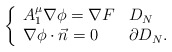
\begin{align*}\left\{\begin{array}{ll} A_1^{\mu}\nabla\phi=\nabla F &D_N\\ \nabla \phi\cdot \vec{n}=0 &\partial D_N.\\ \end{array} \right.\end{align*}